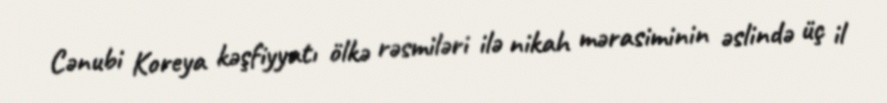
Cənubi Koreya kəşfiyyatı ölkə rəsmiləri ilə nikah mərasiminin əslində üç il